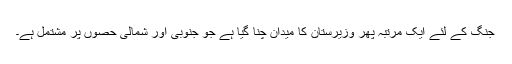
جنگ کے لئے ایک مرتبہ پھر وزیرستان کا میدان چنا گیا ہے جو جنوبی اور شمالی حصوں پر مشتمل ہے۔